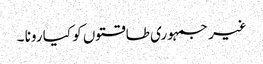
غیر جمہوری طاقتوں کو کیا رونا ۔